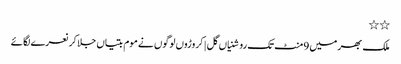
٭٭
ملک بھر میں 9منٹ تک روشنیاں گل | کروڑوں لوگوں نے موم بتیاں جلا کر نعرے لگائے